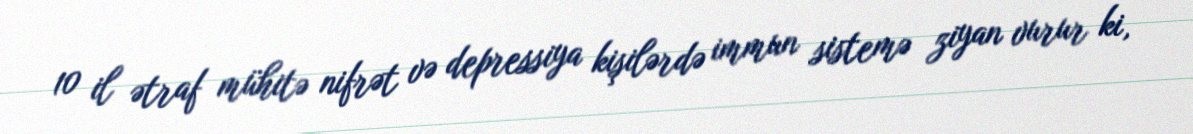
10 il ətraf mühitə nifrət və depressiya kişilərdə immun sistemə ziyan vurur ki,